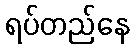
ရပ်တည်နေ